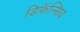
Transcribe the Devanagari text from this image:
डिफ़ॅन्सिव